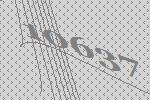
10637